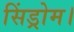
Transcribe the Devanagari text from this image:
सिंड्रोम।